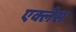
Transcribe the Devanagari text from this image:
एक्लेस